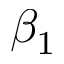
\beta _ { 1 }